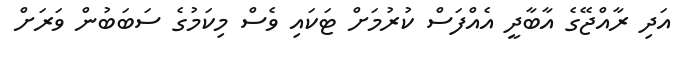
އަދި ރާއްޖޭގެ އާބާދީ އެއްފަސް ކުރުމަށް ޓަކައި ވެސް މިކަމުގެ ސަބަބުން ވަރަށް